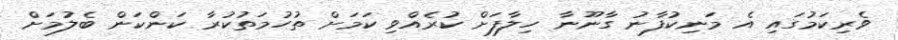
ވެރިކަމުގައި އެ މަނިކުފާނު ގާނޫނާ ހިލާފަށް ކުރެއްވި ކަމަށް ތުހުމަތުކުރާ ކަންކަން ބެލުމަށް